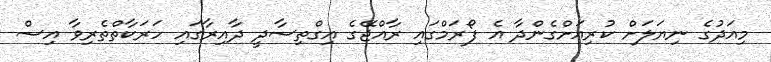
މިއަދުގެ ނިޔަލަށް ކުރިއަށްގެންދާ އެ ފޯރަމްގައި ރާއްޖޭގެ އިގްތިސާދީ ދާއިރާގައި ހަރަކާތްތެރިވާ އިސް